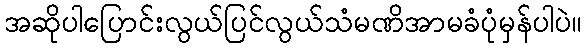
အဆိုပါပြောင်းလွယ်ပြင်လွယ်သံမဏိအာမခံပုံမှန်ပါပဲ။